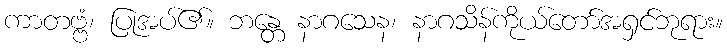
ကာတဗ္ဗံ၊ ပြုအပ်၏။ ဘန္တေ နာဂသေန၊ နာဂသိန်ကိုယ်တော်အရှင်ဘုရား။